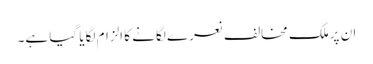
ان پرملک مخالف نعرے لگانے کا الزام لگایا گیا ہے۔